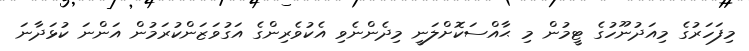
މިފަހަރުގެ މިއަދުނޫހުގެ ޓީމުން މި ޙާއްސަކޮށްލަނީ މިދެންނެވި އެކުވެރިންގެ އަގުވަޒަންކުރަމުން އަންނަ ކުޅަދާނަ